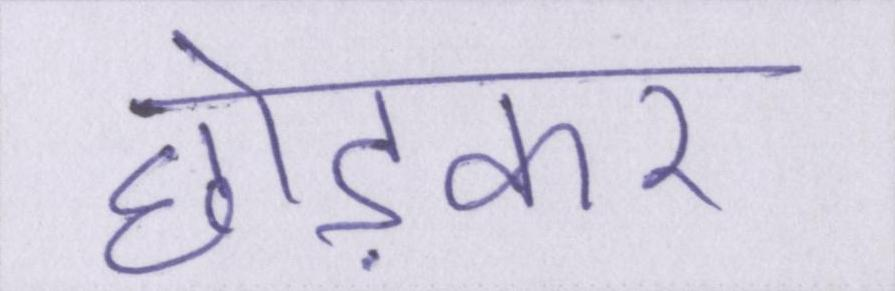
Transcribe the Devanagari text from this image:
छोड़कर